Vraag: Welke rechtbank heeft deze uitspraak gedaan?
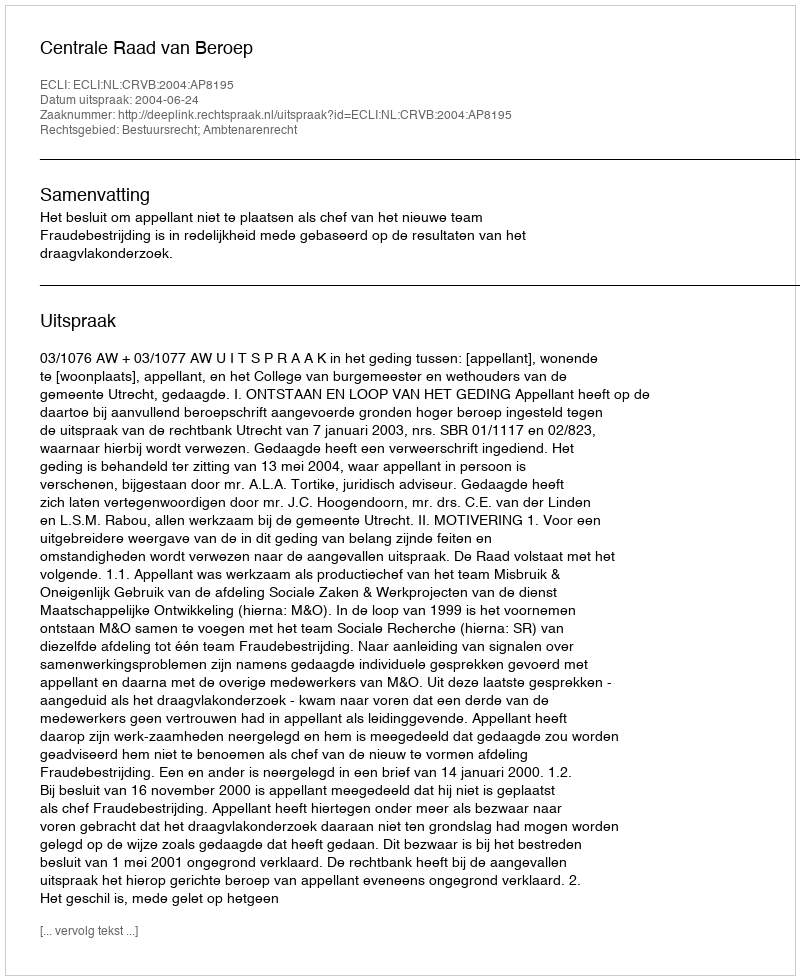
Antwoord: Centrale Raad van Beroep